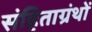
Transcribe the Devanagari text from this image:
संहिताग्रंथों